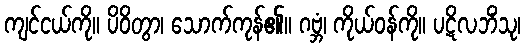
ကျင်ငယ်ကို။ ပိဝိတွာ၊ သောက်ကုန်၏။ ဂဗ္ဘံ၊ ကိုယ်ဝန်ကို။ ပဋိလဘိံသု၊